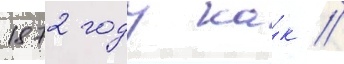
1872 году ка́к //